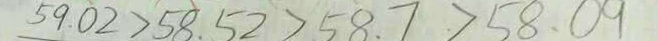
5 9 . 0 2 > 5 8 . 5 2 > 5 8 . 7 > 5 8 . 0 9